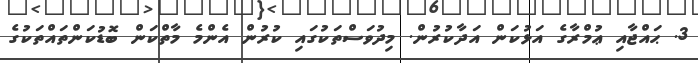
3. ޙައްޖާއި ޢުމްރާގެ އަޅުކަން އަދާކުރުން. މިދުވަސްތަކުގައި ކުރުން އެންމެ މާތްކަން ބޮޑުކަންތައްތަކުގެ